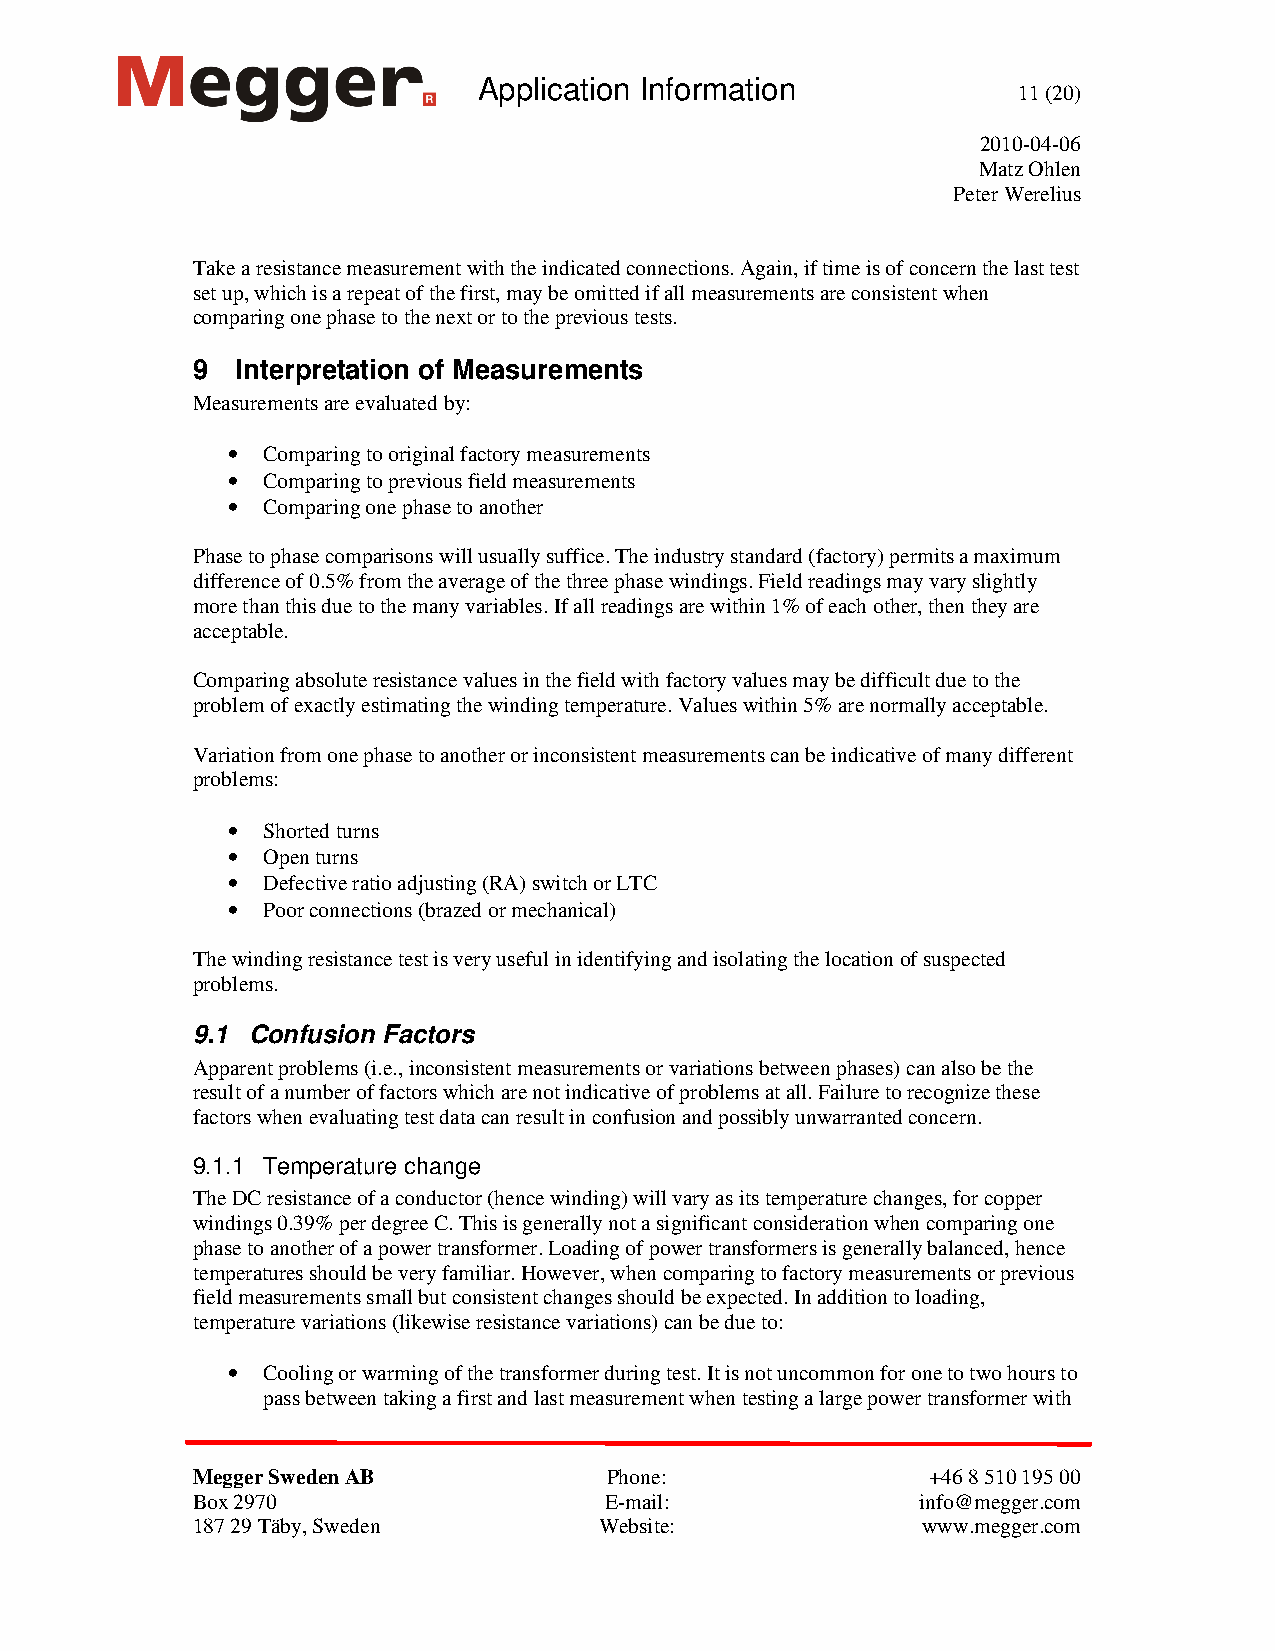
Application Information
 11 (20)
 2010-04-06
 Matz Ohlen
 Peter Werelius
 Take a resistance measurement with the indicated connections. Again, if time is of concern the last test
 set up, which is a repeat of the first, may be omitted if all measurements are consistent when
 comparing one phase to the next or to the previous tests.
 9  Interpretation of Measurements
 Measurements are evaluated by:
 • Comparing to original factory measurements
 • Comparing to previous field measurements
 • Comparing one phase to another
 Phase to phase comparisons will usually suffice. The industry standard (factory) permits a maximum
 difference of 0.5% from the average of the three phase windings. Field readings may vary slightly
 more than this due to the many variables. If all readings are within 1% of each other, then they are
 acceptable.
 Comparing absolute resistance values in the field with factory values may be difficult due to the
 problem of exactly estimating the winding temperature. Values within 5% are normally acceptable.
 Variation from one phase to another or inconsistent measurements can be indicative of many different
 problems:
 • Shorted turns
 • Open turns
 • Defective ratio adjusting (RA) switch or LTC
 • Poor connections (brazed or mechanical)
 The winding resistance test is very useful in identifying and isolating the location of suspected
 problems.
 9.1 Confusion Factors
 Apparent problems (i.e., inconsistent measurements or variations between phases) can also be the
 result of a number of factors which are not indicative of problems at all. Failure to recognize these
 factors when evaluating test data can result in confusion and possibly unwarranted concern.
 9.1.1 Temperature change
 The DC resistance of a conductor (hence winding) will vary as its temperature changes, for copper
 windings 0.39% per degree C. This is generally not a significant consideration when comparing one
 phase to another of a power transformer. Loading of power transformers is generally balanced, hence
 temperatures should be very familiar. However, when comparing to factory measurements or previous
 field measurements small but consistent changes should be expected. In addition to loading,
 temperature variations (likewise resistance variations) can be due to:
 • Cooling or warming of the transformer during test. It is not uncommon for one to two hours to
 pass between taking a first and last measurement when testing a large power transformer with
 Megger Sweden AB           Phone:                +46 8 510 195 00
 Box 2970                   E-mail:              info@megger.com
 187 29 Täby, Sweden        Website:             www.megger.com